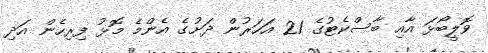
ވޮލީބޯޅަ އާއި ބާސްކެޓުގެ 21 އަހަރުން ދަށުގެ އެންމެ މޮޅު ފިރިހެން އަދި